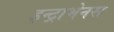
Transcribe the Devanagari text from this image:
इन्ट्राभेनस